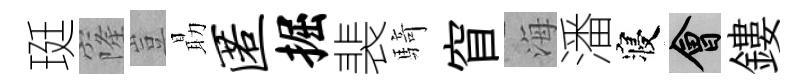
珽窿豈朂匿掘裴騎窅海潘寝會鏤